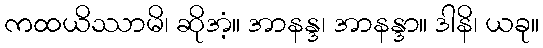
ကထယိဿာမိ၊ ဆိုအံ့။ အာနန္ဒ၊ အာနန္ဒာ။ ဒါနိ၊ ယခု။